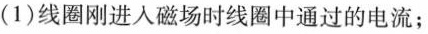
(1)线圈刚进入磁场时线圈中通过的电流；